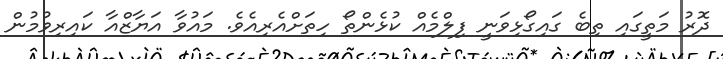
ދޮރު މަތީގައި ތިބެ ގައިގޯޅިވަނީ ފިލްމެއް ކުޅެންތޯ ހިތަށްއެރިއެވެ. މައުވާ އަޔާޒްއާ ކައިރިވުމުން